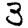
Digit: 3